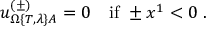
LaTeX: u _ { \Omega \{ T , \lambda \} A } ^ { ( \pm ) } = 0 \quad \mathrm { i f ~ } \pm x ^ { 1 } < 0 \ .